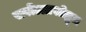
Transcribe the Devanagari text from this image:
सर्वोल्लासोद्धृत